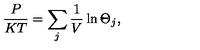
\frac { P } { K T } = \sum _ { j } \frac { 1 } { V } \ln \Theta _ { j } ,